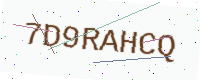
Text: 7D9RAHCQ